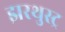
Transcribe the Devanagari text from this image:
झरथुस्ट्र